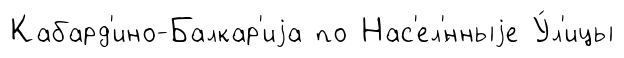
Кабард'ино-Балкар'иjа по Нас'ел'́нныjе У́л'ицы